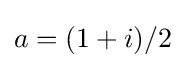
a=(1+i)/2